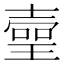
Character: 𤨻